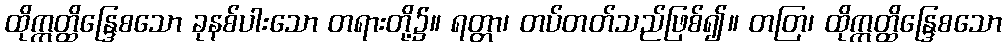
ထိုဣတ္ထိန္ဒြေစသော ခုနစ်ပါးသော တရားတို့၌။ ရတ္တာ၊ တပ်တတ်သည်ဖြစ်၍။ တတြ၊ ထိုဣတ္ထိန္ဒြေစသော